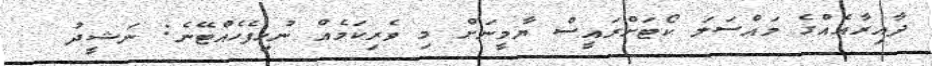
ދާއިރާއެއްގެ މައްސަލަ ކޯޓަށްރައީސް ޔާމީނަށް މި ވެރިކަމެއް ނުހިފެހެއްޓޭނެ: ނަޝީދު